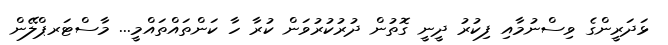
ޅަދަރީންގެ ވިސްނުމާއި ފިކުރު ދީނީ ގޮތުން ދުރުކުރުވަން ކުރާ ހާ ކަންތައްތައްމީ... މާސްޓަރޕްލޭން